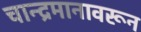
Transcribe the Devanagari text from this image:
चान्द्रमानावरून